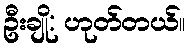
ဦးချို: ဟုတ်တယ်။